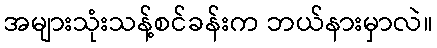
အများသုံးသန့်စင်ခန်းက ဘယ်နားမှာလဲ။